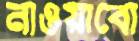
নাওয়াবো